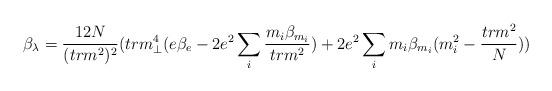
LaTeX: \begin{align*}\beta_{\lambda} = \frac{12 N}{(tr m^2)^2}(trm_{\perp}^{4}(e \beta_e - 2e^2 \sum_{i} \frac{m_i \beta_{m_i}}{tr m^2}) + 2 e^2\sum_i m_i\beta_{m_i}(m_{i}^2 - \frac{tr m^2}{N}))\end{align*}